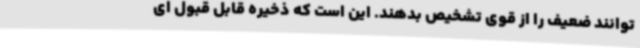
‌توانند ضعیف را از قوی تشخیص بدهند. این است که ذخیره قابل قبول ای